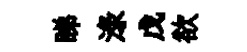
睇渌戊欲